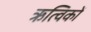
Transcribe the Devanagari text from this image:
ऋत्विकों